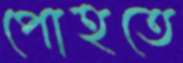
পোহতে